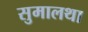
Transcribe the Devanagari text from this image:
सुमालथा